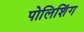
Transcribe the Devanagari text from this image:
पोलिशिंग